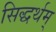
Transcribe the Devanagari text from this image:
सिद्धर्थम्